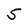
Character: S